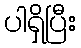
ပါရှိပြီး